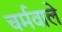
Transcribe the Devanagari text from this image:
चर्मवाले